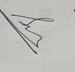
Signature authenticity: genuine